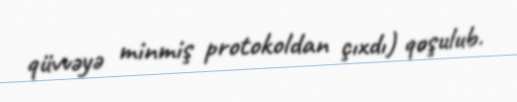
qüvvəyə minmiş protokoldan çıxdı) qoşulub.